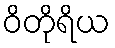
ဝိတိုရိယ